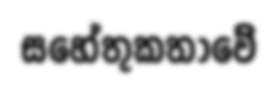
සහේතුකතාවේ